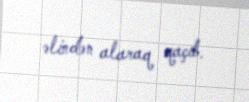
əlindən alaraq qaçıb.